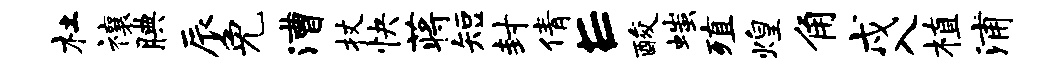
杜禳腆辰免漕杖快蒋短封倩E酸嗤殖煌角戍入植浦